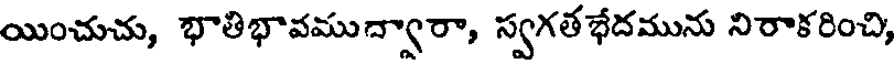
యించుచు, భాతిభావముద్వారా, స్వగతభేదమును నిరాకరించి,